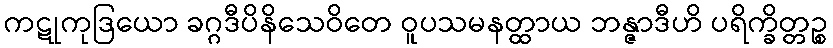
ကဋုကုဒြယော ခဂ္ဂဒီပိနိသေဝိတေ ဝူပသမနတ္ထာယ ဘန္ဇာဒီဟိ ပရိက္ခိတ္တဉ္စ